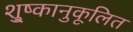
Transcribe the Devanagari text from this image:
शु्ष्कानुकूलित